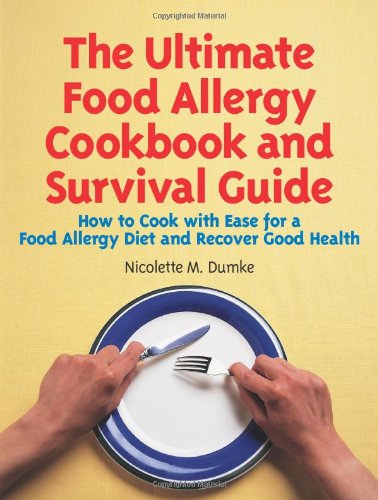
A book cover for The Ultimate Food Allergy Cookbook and Survival Guide: How to Cook with Ease for Food Allergies and Recover Good Health; Nicolette M. Dumke; Health, Fitness & Dieting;